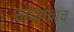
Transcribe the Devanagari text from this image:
सांध्याचाच